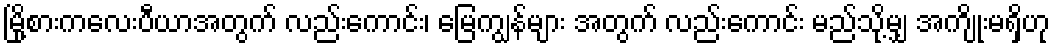
မြို့စားကလေးပီယာအတွက် လည်းကောင်း၊ မြေကျွန်များ အတွက် လည်းကောင်း မည်သို့မျှ အကျိုးမရှိဟု